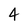
Character: 4